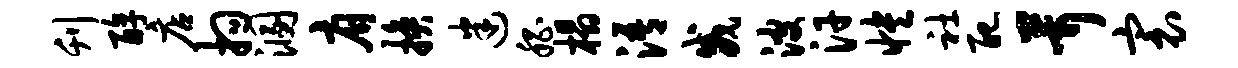
刊醇店拘溷肩换迷嵇榻浯威波汗怏社配茸寰